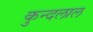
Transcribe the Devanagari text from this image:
कुन्दलाल